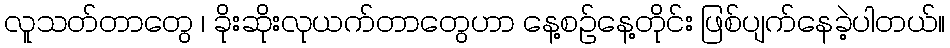
လူသတ်တာတွေ ၊ ခိုးဆိုးလုယက်တာတွေဟာ နေ့စဉ်နေ့တိုင်း ဖြစ်ပျက်နေခဲ့ပါတယ်။